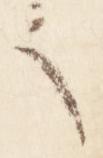
之